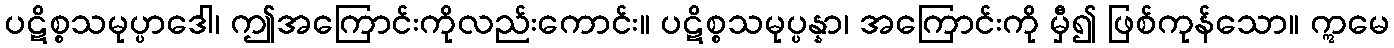
ပဋိစ္စသမုပ္ပာဒေါ၊ ဤအကြောင်းကိုလည်းကောင်း။ ပဋိစ္စသမုပ္ပန္နာ၊ အကြောင်းကို မှီ၍ ဖြစ်ကုန်သော။ ဣမေ